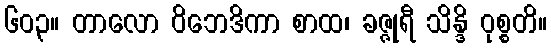
၆၀၃။ တာလော ဝိဘေဒိကာ စာထ၊ ခဇ္ဇုရီ သိန္ဒိ ဝုစ္စတိ။